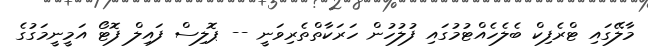
މާލޭގައި ޓްރެފިކް ބެލެހެއްޓުމުގައި ފުލުހުން ހަރަކާތްތެރިވަނީ -- ޕޮލިސް ފައިލް ފޮޓޯ އަމީނީމަގުގެ